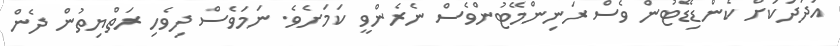
އަދަދަކަށް ކެންޑިޑޭޓުން ވެސް ރަނިންމޭޓުންވެސް ނެރެންވީ ކަމަށެވެ. ނަމަވެސް ދިވެހި ރަތްޔިތުން ދެން